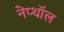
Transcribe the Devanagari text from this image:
नेप्थॉल